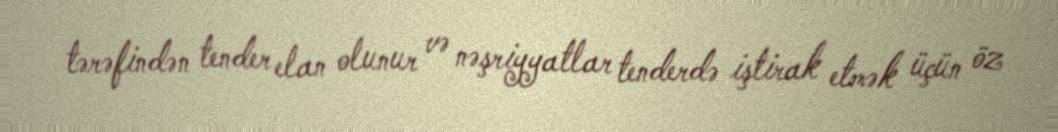
tərəfindən tender elan olunur və nəşriyyatlar tenderdə iştirak etmək üçün öz